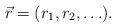
LaTeX: \begin{align*}\vec{r} = (r_1, r_2, \ldots ) . \end{align*}